Annual returns of the Patna Lunatic Asylum at Bankipore in Bihar and Orissa - 1912-1924
Year: 1912
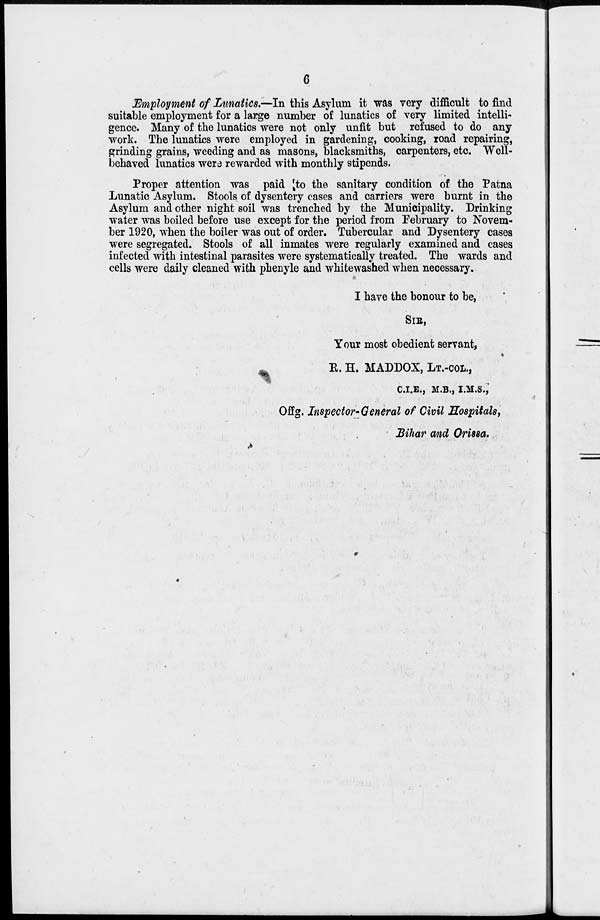
6
Employment of Lunatics.—In this Asylum it was very difficult to find
suitable employment for a large number of lunatics of very limited intelli-
gence. Many of the lunatics were not only unfit but refused to do any
work. The lunatics were employed in gardening, cooking, road repairing,
grinding grains, weeding and as masons, blacksmiths, carpenters, etc. Well-
behaved lunatics were rewarded with monthly stipends.
Proper attention was paid to the sanitary condition of the Patna
Lunatic Asylum. Stools of dysentery cases and carriers were burnt in the
Asylum and other night soil was trenched by the Municipality. Drinking
water was boiled before use except for the period from February to Novem-
ber 1920, when the boiler was out of order. Tubercular and Dysentery cases
were segregated. Stools of all inmates were regularly examined and cases
infected with intestinal parasites were systematically treated. The wards and
cells were daily cleaned with phenyle and whitewashed when necessary.
I have the honour to be,
SIR,
Your most obedient servant,
R. H. MADDOX, LT.-COL.,
C.I.E., M.B., I.M.S.,
Offg. Inspector-General of Civil Hospitals,
Bihar and Orissa.